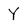
Character: Y